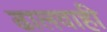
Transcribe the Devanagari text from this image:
ढालवाही